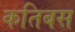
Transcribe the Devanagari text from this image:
कतिबस